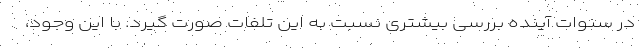
در سنوات آینده بررسی بیشتری نسبت به این تلفات صورت گیرد. با این وجود،